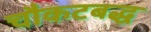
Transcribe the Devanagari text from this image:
चौकटबद्ध